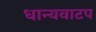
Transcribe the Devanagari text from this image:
धान्यवाटप